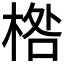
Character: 𣓌